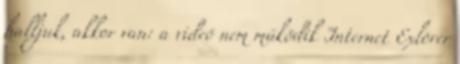
halljuk, akkor van: a videó nem működik Internet Exlorer